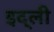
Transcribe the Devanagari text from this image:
इद्ली